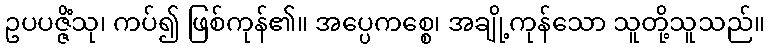
ဥပပဇ္ဇိံသု၊ ကပ်၍ ဖြစ်ကုန်၏။ အပ္ပေကစ္စေ၊ အချို့ကုန်သော သူတို့သူသည်။